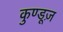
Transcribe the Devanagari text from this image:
कुण्डूज़